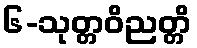
၆-သုတ္တဝိညတ္တိ